Annual report of the Punjab Veterinary College and of the Civil Veterinary Department, Punjab - 1894-1908
Year: 1894
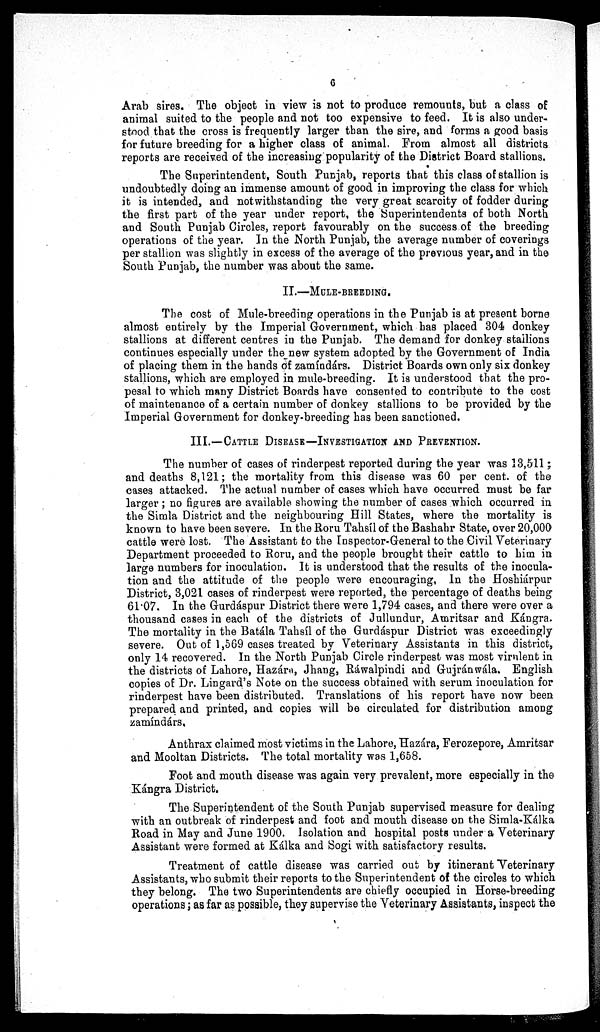
6
Arab sires. The object in view is not to produce remounts, but a class of
animal suited to the people and not too expensive to feed. It is also under-
stood that the cross is frequently larger than the sire, and forms a good basis
for future breeding for a higher class of animal. From almost all districts
reports are received of the increasing popularity of the District Board stallions.
The Superintendent, South Punjab, reports that this class of stallion is
undoubtedly doing an immense amount of good in improving the class for which
it is intended, and notwithstanding the very great scarcity of fodder during
the first part of the year under report, the Superintendents of both North
and South Punjab Circles, report favourably on the success of the breeding
operations of the year. In the North Punjab, the average number of coverings
per stallion was slightly in excess of the average of the previous year, and in the
South Punjab, the number was about the same.
II.—MULE-BREEDING.
The cost of Mule-breeding operations in the Punjab is at present borne
almost entirely by the Imperial Government, which has placed 304 donkey
stallions at different centres in the Punjab. The demand for donkey stallions
continues especially under the new system adopted by the Government of India
of placing them in the hands of zamíndárs. District Boards own only six donkey
stallions, which are employed in mule-breeding. It is understood that the pro-
pesal to which many District Boards have consented to contribute to the cost
of maintenance of a certain number of donkey stallions to be provided by the
Imperial Government for donkey-breeding has been sanctioned.
III.—CATTLE DISEASE—INVESTIGATION AND PREVENTION.
The number of cases of rinderpest reported during the year was 13,511;
and deaths 8,121; the mortality from this disease was 60 per cent. of the
cases attacked. The actual number of cases which have occurred must be far
larger; no figures are available showing the number of cases which occurred in
the Simla District and the neighbouring Hill States, where the mortality is
known to have been severe. In the Roru Tahsíl of the Bashahr State, over 20,000
cattle were lost. The Assistant to the Inspector-General to the Civil Veterinary
Department proceeded to Roru, and the people brought their cattle to him in
large numbers for inoculation. It is understood that the results of the inocula-
tion and the attitude of the people were encouraging. In the Hoshiárpur
District, 3,021 cases of rinderpest were reported, the percentage of deaths being
61.07. In the Gurdáspur District there were 1,794 cases, and there were over a
thousand cases in each of the districts of Jullundur, Amritsar and Kángra.
The mortality in the Batála Tahsíl of the Gurdáspur District was exceedingly
severe. Out of 1,569 cases treated by Veterinary Assistants in this district,
only 14 recovered. In the North Punjab Circle rinderpest was most virulent in
the districts of Lahore, Hazára, Jhang, Ráwalpindi and Gujránwála. English
copies of Dr. Lingard's Note on the success obtained with serum inoculation for
rinderpest have been distributed. Translations of his report have now been
prepared and printed, and copies will be circulated for distribution among
zamíndárs.
Anthrax claimed most victims in the Lahore, Hazára, Ferozepore, Amritsar
and Mooltan Districts. The total mortality was 1,658.
Foot and mouth disease was again very prevalent, more especially in the
Kángra District.
The Superintendent of the South Punjab supervised measure for dealing
with an outbreak of rinderpest and foot and mouth disease on the Simla-Kálka
Road in May and June 1900. Isolation and hospital posts under a Veterinary
Assistant were formed at Kálka and Sogi with satisfactory results.
Treatment of cattle disease was carried out by itinerant Veterinary
Assistants, who submit their reports to the Superintendent of the circles to which
they belong. The two Superintendents are chiefly occupied in Horse-breeding
operations; as far as possible, they supervise the Veterinary Assistants, inspect the